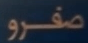
صفرو